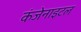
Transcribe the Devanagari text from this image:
कंजेनाइटल